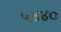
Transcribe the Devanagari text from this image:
५४४०